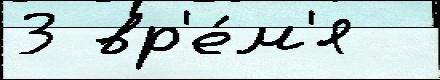
3 вр'е́м'я